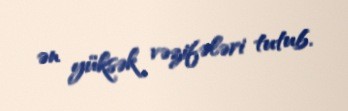
ən yüksək vəzifələri tutub.